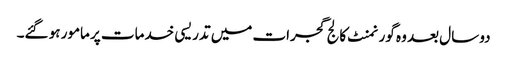
دو سال بعد وہ گورنمنٹ کالج گجرات میں تدریسی خدمات پر مامور ہو گئے۔